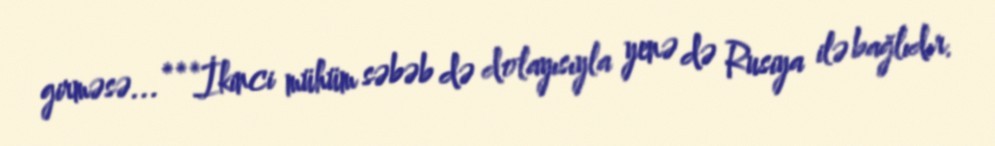
girməsə...***İkinci mühüm səbəb də dolayısıyla yenə də Rusiya ilə bağlıdır.